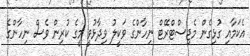
އެކަމާއި ގުޅިގެން މެޖިސްޓްރޭޓް ނިހާންގެ ވަކީލު ވިދާޅުވީ މީގެ ކުރިން ވެސް ނިހާންގެ